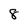
Character: 8